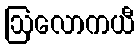
ဩလောကယီ